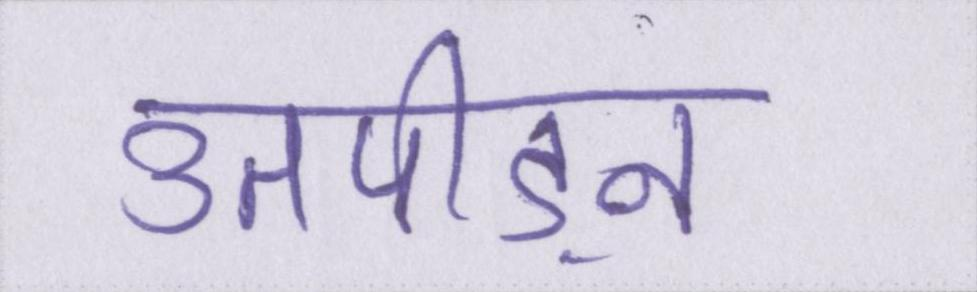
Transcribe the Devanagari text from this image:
उतपीड़न